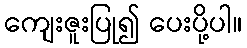
ကျေးဇူးပြု၍ ပေးပို့ပါ။